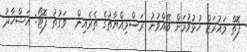
ފޮތް މައުރަޒް ހުޅުވުމަށް ބޭއްވުނު ރަސްމިއްޔާތުގެ ތެރެއިން  ވަގުތު ފޮޓޯ: އަޝްހާދު